Annual report of the Civil Veterinary Department, Bengal, and of the Bengal Veterinary College for the year 1903-1904 - 1903-1904
Year: 1903
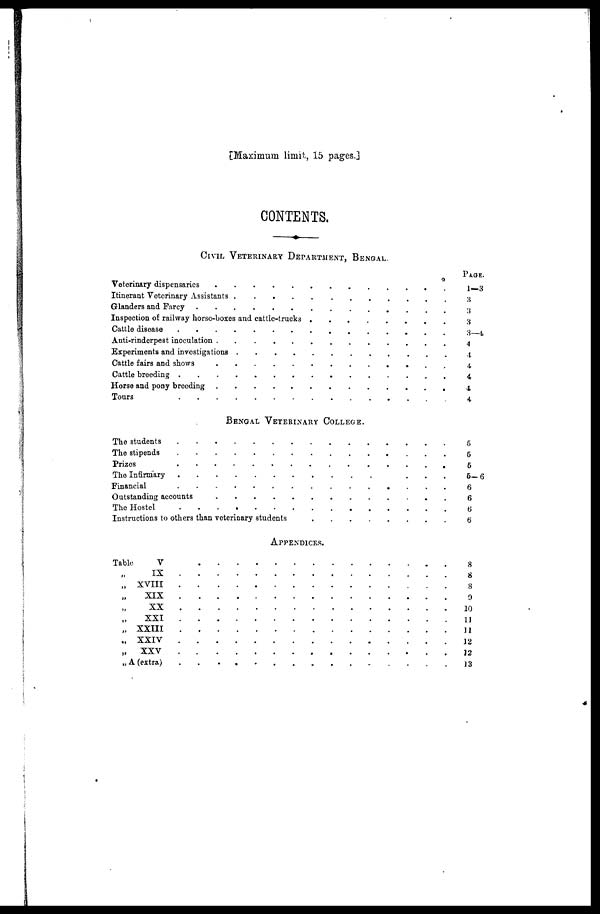
[Maximum limit, 15 pages.]
CONTENTS.
CIVIL VETERINARY DEPARTMENT, BENGAL.
Veterinary dispensaries ...................................................................................
Itinerant Veterinary Assistants
Glanders and Farcy ...................................................................................
Inspection of railway horse-boxes and cattle-trucks
Cattle disease ...................................................................................
Anti-rinderpest inoculation . ...................................................................................
Experiments and investigations ...................................................................................
Cattle fairs and shows ...................................................................................
Cattle breeding ...................................................................................
Horse and pony breeding ...................................................................................
Tours ...................................................................................
BENGAL VETERINARY COLLEGE.
The students ...................................................................................
The stipends ...................................................................................
Prizes ...................................................................................
The Infirmary
..................
Financial
Outstanding accounts ...................................................................................
The Hostel ...................................................................................
Instructions to others than veterinary students ....................................................
APPENDICES.
Table V ...................................................................................
„ IX ...................................................................................
„ XVIII ...................................................................................
„
XIX
.................
„ XX ...................................................................................
„ XXI ...................................................................................
„ XXIII ...................................................................................
„ XXIV ...................................................................................
„ XXV ...................................................................................
„ A (extra)
PAGE.
1—3
3
3
3
3-4
4
4
4
4
4
4
5
5
6
5-6
6
6
6
6
8
8
8
9
10
11
11
12
12
13